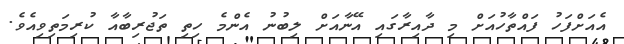
އެއަށްފަހު ފައްތާހުއަށް މި ދާއިރާގައި އޭނާއަށް ލިބުނު އެންމެ ހިތި ތަޖުރިބާއާ ކުރިމަތިވިއެވެ.